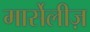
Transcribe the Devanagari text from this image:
मार्सेलीज़